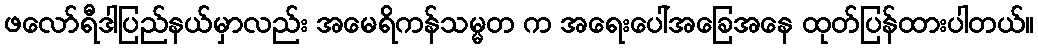
ဖလော်ရီဒါပြည်နယ်မှာလည်း အမေရိကန်သမ္မတ က အရေးပေါ်အခြေအနေ ထုတ်ပြန်ထားပါတယ်။